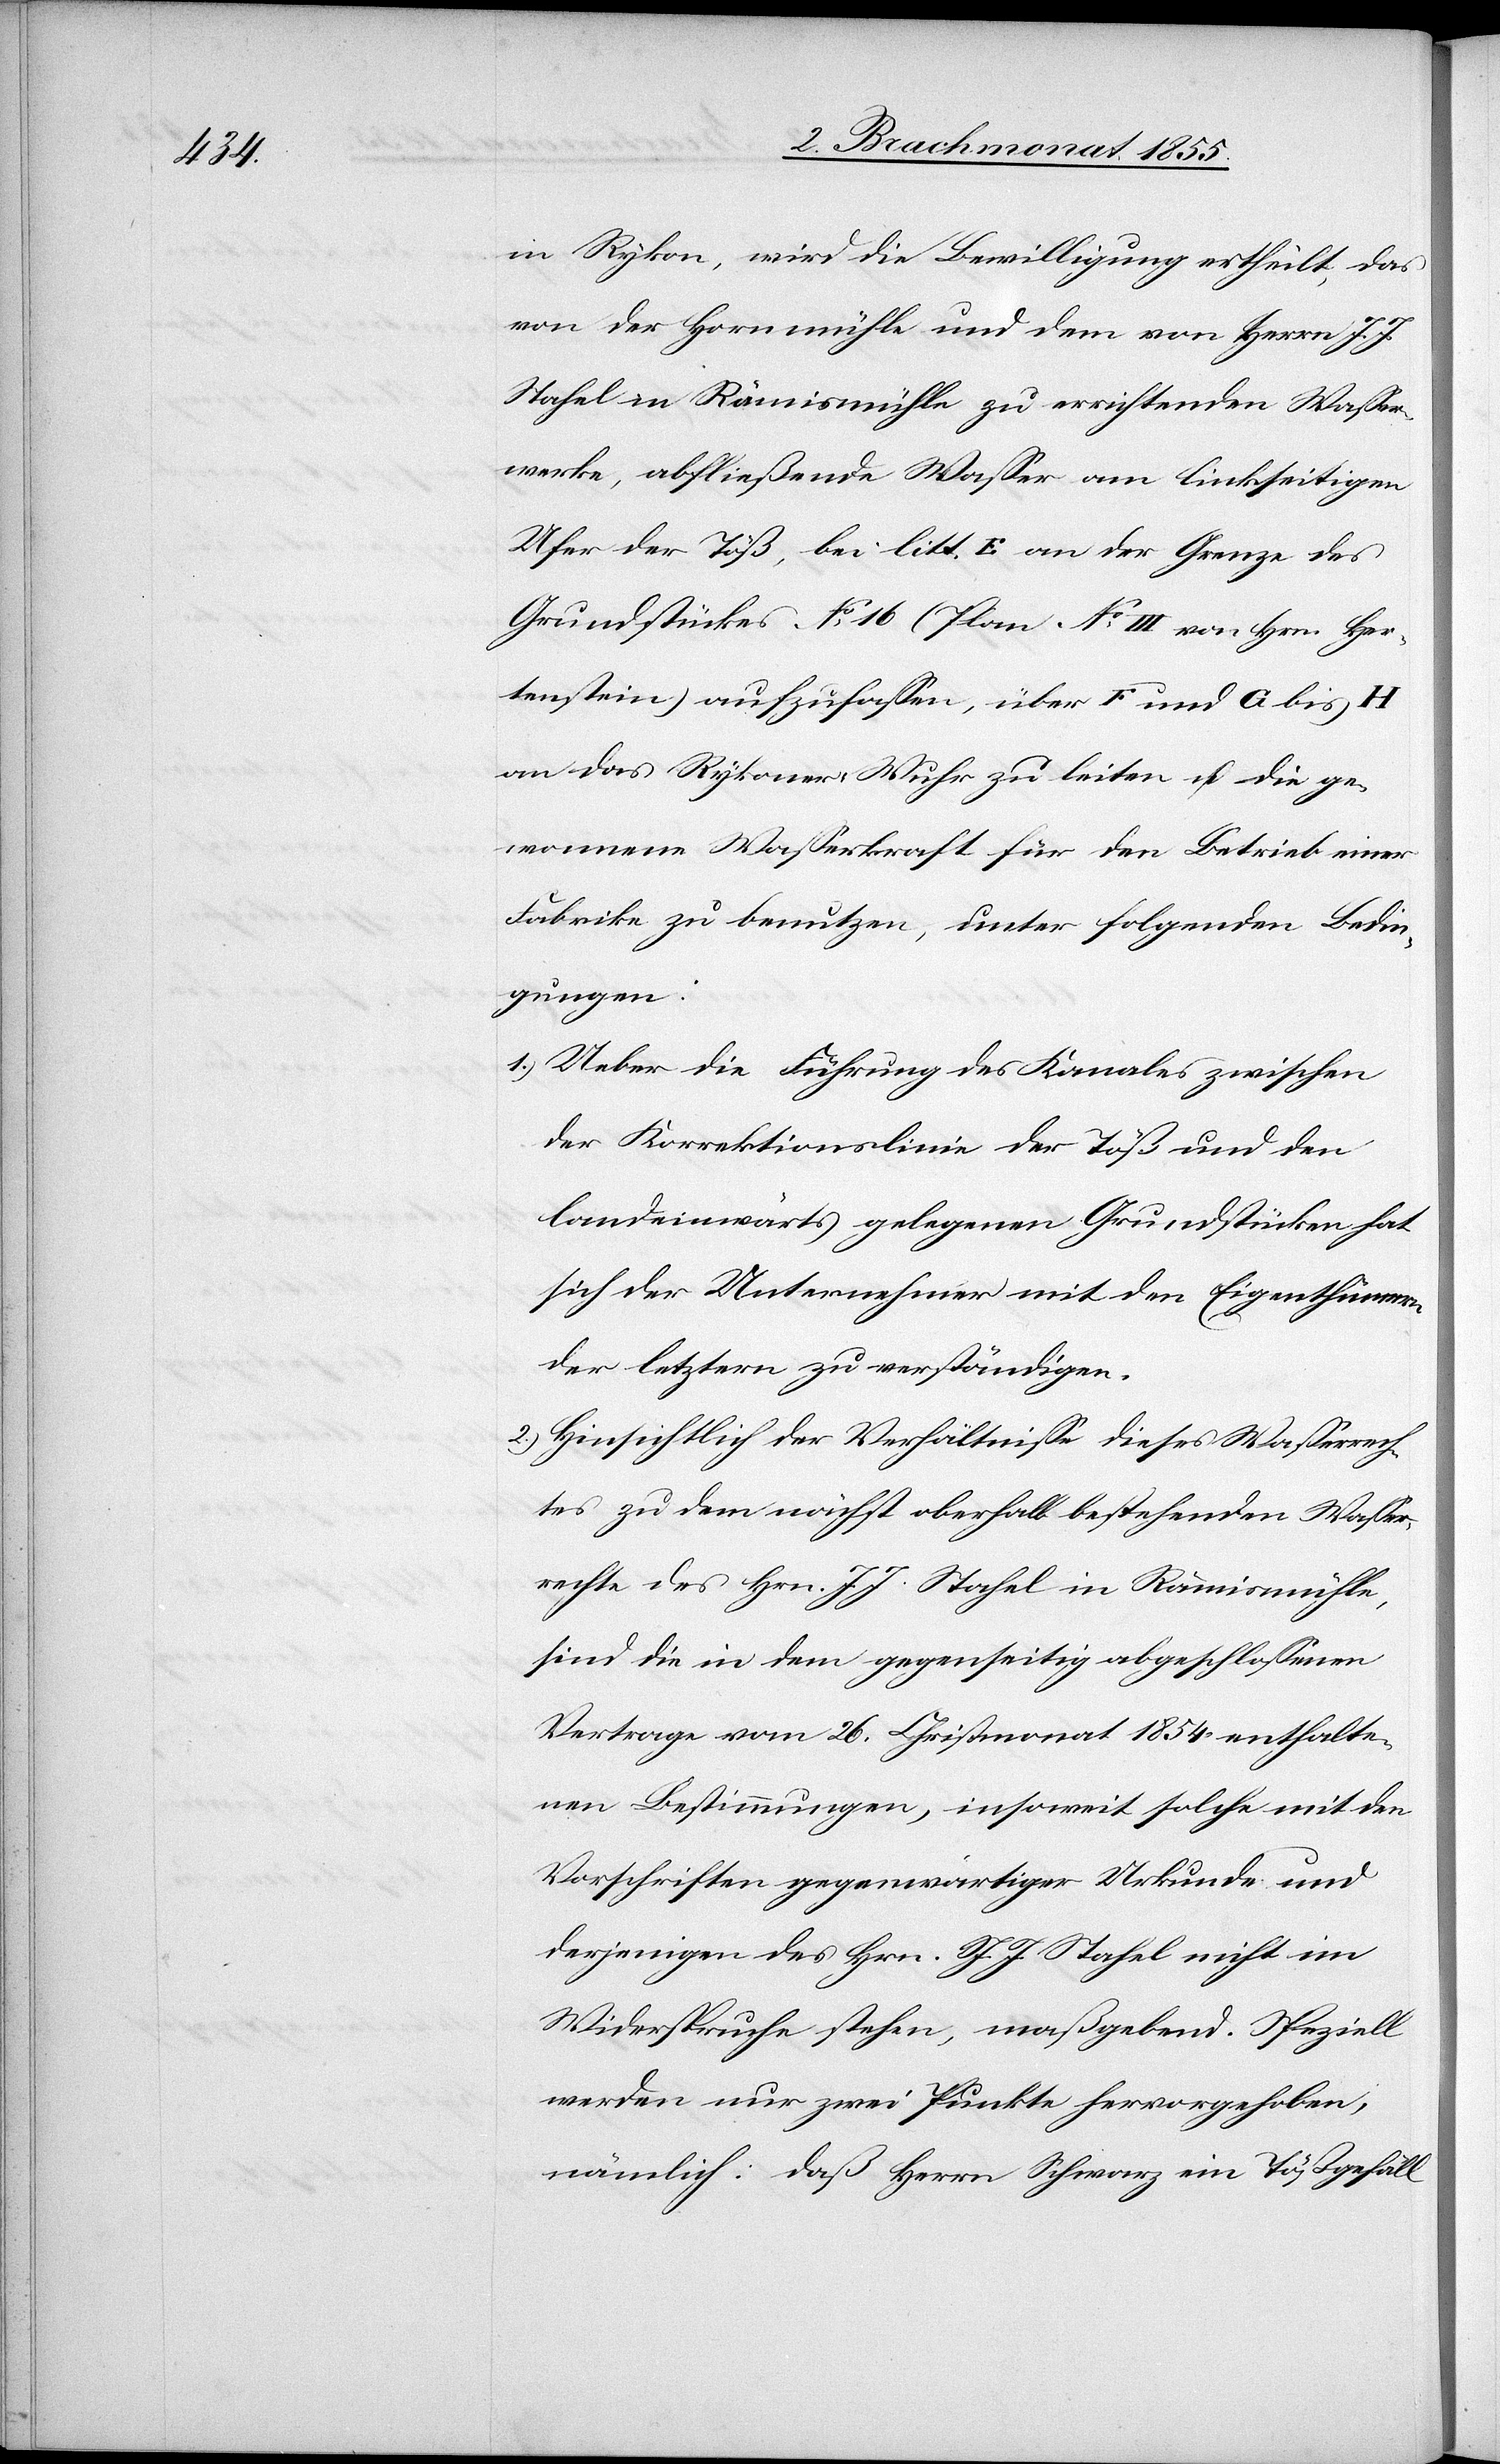
in Rykon, wird die Bewilligung ertheilt, das
von der Hornmühle und dem von Herrn J. J.
Stahel in Rämismühle zu errichtenden Wasser¬
werke, abfließende Wasser am linkseitigen
Ufer der Töß, bei litt. E an der Grenze des
Grundstückes No 16 (Plan No III von Hrn. Her¬
tenstein) aufzufassen, über F und G bis H
an das Rykoner-Wuhr zu leiten u. die ge¬
wonnene Wasserkraft für den Betrieb einer
Fabrike zu benutzen, unter folgenden Bedin¬
gungen:
Ueber die Führung des Kanales zwischen
der Korrektionslinie der Töß und den
landeinwärts gelegenen Grundstücken hat
sich der Unternehmer mit den Eigenthümern
der letztern zu verständigen.
Hinsichtlich der Verhältnisse dieses Wasserrech¬
tes zu dem nächst oberhalb bestehenden Wasser¬
rechte des Hrn. J. J. Stahel in Rämismühle,
sind die in dem gegenseitig abgeschlossenen
Vertrage vom 26. Christmonat 1854 enthalte¬
nen Bestimmungen, insoweit solche mit den
Vorschriften gegenwärtiger Urkunde und
derjenigen des Hrn. J. J. Stahel nicht im
Widerspruche stehen, maßgebend. Speziell
werden nur zwei Punkte hervorgehoben,
nämlich: daß Herrn Schwarz ein Tößgefäll